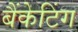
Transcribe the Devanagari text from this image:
बैंकेटिंग